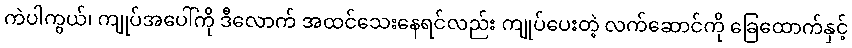
ကဲပါကွယ်၊ ကျုပ်အပေါ်ကို ဒီလောက် အထင်သေးနေရင်လည်း ကျုပ်ပေးတဲ့ လက်ဆောင်ကို ခြေထောက်နှင့်